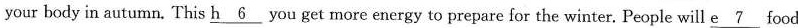
your body in autumn. This \underline{h6} you get more energy to prepare for the winter. People will \underline{e7} food